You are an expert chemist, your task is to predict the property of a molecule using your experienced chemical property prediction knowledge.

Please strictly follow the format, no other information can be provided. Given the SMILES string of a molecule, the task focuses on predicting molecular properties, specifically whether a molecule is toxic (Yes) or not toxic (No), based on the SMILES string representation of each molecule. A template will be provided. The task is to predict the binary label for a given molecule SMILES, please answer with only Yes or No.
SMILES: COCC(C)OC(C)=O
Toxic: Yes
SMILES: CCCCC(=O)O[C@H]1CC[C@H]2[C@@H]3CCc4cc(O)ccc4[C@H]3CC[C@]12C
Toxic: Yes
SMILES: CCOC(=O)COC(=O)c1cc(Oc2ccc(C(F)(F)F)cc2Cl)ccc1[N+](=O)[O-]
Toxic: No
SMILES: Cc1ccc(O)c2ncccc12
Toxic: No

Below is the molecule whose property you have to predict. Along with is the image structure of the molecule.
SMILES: CCOc1c(N2CCOCC2)cnn(C)c1=O
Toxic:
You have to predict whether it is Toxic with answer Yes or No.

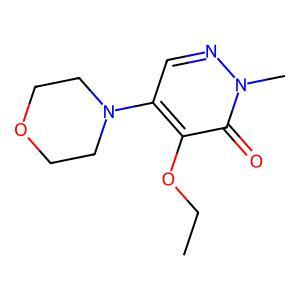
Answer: No